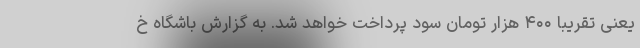
یعنی تقریبا ۴۰۰ هزار تومان سود پرداخت خواهد شد. به گزارش باشگاه خ